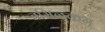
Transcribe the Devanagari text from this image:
तमिळकम्‌